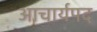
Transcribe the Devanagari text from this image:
आचार्यपद